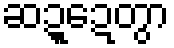
ဆဍ္ဍေတွာ